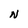
Character: N